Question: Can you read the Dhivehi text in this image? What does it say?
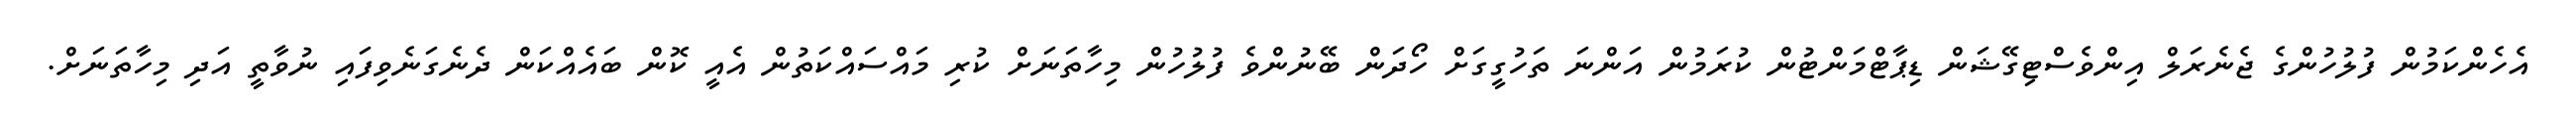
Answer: އެހެންކަމުން ފުލުހުންގެ ޖެނެރަލް އިންވެސްޓިގޭޝަން ޑިޕާޓްމަންޓުން ކުރަމުން އަންނަ ތަހުގީގަށް ހޯދަން ބޭނުންވެ ފުލުހުން މިހާތަނަށް ކުރި މައްސައްކަތުން އެއީ ކޮން ބައެއްކަން ދެނެގަނެވިފައި ނުވާތީ އަދި މިހާތަނަށް.